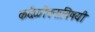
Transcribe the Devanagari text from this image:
कर्दळीवनाविषयी